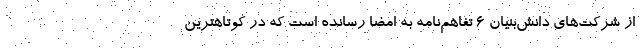
از شرکت‌های دانش‌بنیان ۶ تفاهم‌نامه به امضا رسانده است که در کوتاهترین